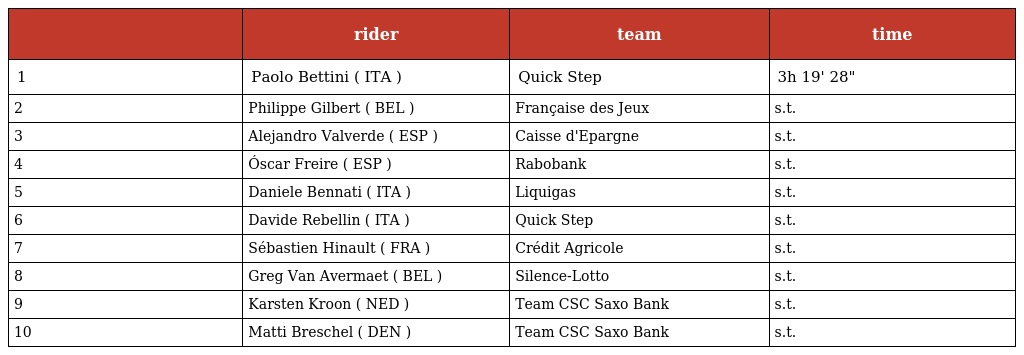
|  | rider | team | time |
 | --- | --- | --- | --- |
 | 1 | Paolo Bettini ( ITA ) | Quick Step | 3h 19' 28" |
 | 2 | Philippe Gilbert ( BEL ) | Française des Jeux | s.t. |
 | 3 | Alejandro Valverde ( ESP ) | Caisse d'Epargne | s.t. |
 | 4 | Óscar Freire ( ESP ) | Rabobank | s.t. |
 | 5 | Daniele Bennati ( ITA ) | Liquigas | s.t. |
 | 6 | Davide Rebellin ( ITA ) | Quick Step | s.t. |
 | 7 | Sébastien Hinault ( FRA ) | Crédit Agricole | s.t. |
 | 8 | Greg Van Avermaet ( BEL ) | Silence-Lotto | s.t. |
 | 9 | Karsten Kroon ( NED ) | Team CSC Saxo Bank | s.t. |
 | 10 | Matti Breschel ( DEN ) | Team CSC Saxo Bank | s.t. |